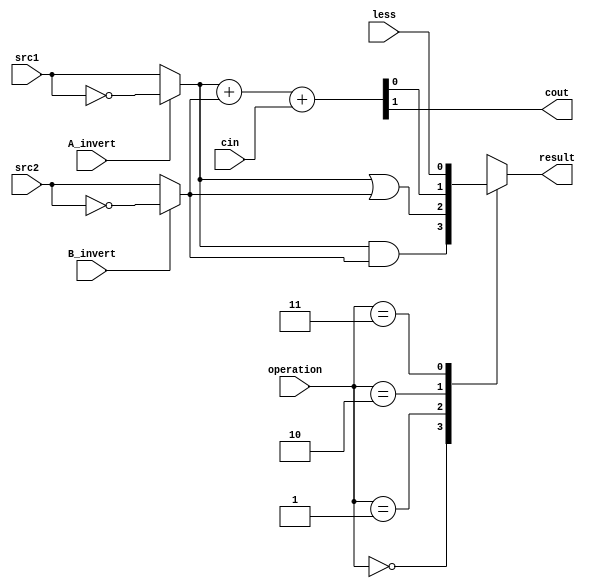
`timescale 1ns/1ps

//////////////////////////////////////////////////////////////////////////////////
// Company: 	0346005
// Engineer:	 
// 
// Design Name: 
// Module Name:    alu_top 
// Project Name: 
// Target Devices: 
// Tool versions: 
// Description: 
//
// Dependencies: 
//
// Revision: 
// Revision 0.01 - File Created
// Additional Comments: 
//
//////////////////////////////////////////////////////////////////////////////////

module alu_top(
               src1,       //1 bit source 1 (input)
               src2,       //1 bit source 2 (input)
               less,       //1 bit less     (input)
               A_invert,   //1 bit A_invert (input)
               B_invert,   //1 bit B_invert (input)
               cin,        //1 bit carry in (input)
               operation,  //operation      (input)
               result,     //1 bit result   (output)
               cout,       //1 bit carry out(output)
               );

input         src1;
input         src2;
input         less;
input         A_invert;
input         B_invert;
input         cin;
input [2-1:0] operation;

output        result;
output        cout;

reg           result;

wire          A_invertNsrc1_;
wire          B_invertNsrc2_;
wire          AND_;
wire          OR_;
wire          ADD_;
wire          COUT_; //I add

assign A_invertNsrc1_ = A_invert ? ~src1 : src1;
assign B_invertNsrc2_ = B_invert ? ~src2 : src2;
or(OR_,A_invertNsrc1_,B_invertNsrc2_);
and(AND_,A_invertNsrc1_,B_invertNsrc2_);
assign {COUT_,ADD_} = A_invertNsrc1_ + B_invertNsrc2_ + cin;
assign  cout = COUT_;

//always@(A_invert or B_invert or cin or src1 or src2 or less)
always@(*)

    begin
  case(operation)
	2'b00:result = AND_;    
	2'b01:result = OR_;
	2'b10:result = ADD_;
	2'b11:result = less; 
  endcase
    end

endmodule